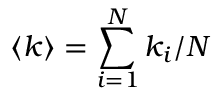
\langle k \rangle = \sum _ { i = 1 } ^ { N } k _ { i } / N